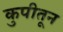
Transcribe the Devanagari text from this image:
कुपीतून